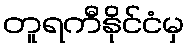
တူရကီနိုင်ငံမှ